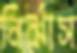
নির্ঝাস